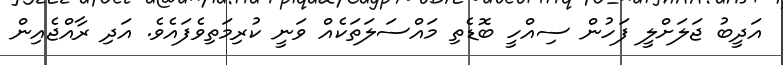
އަދީބު ޖަލަށްލީ ފަހުން ސިއްހީ ބޮޑެތި މައްސަލަތަކެއް ވަނީ ކުރިމަތިވެފައެވެ. އަދި ރާއްޖެއިން